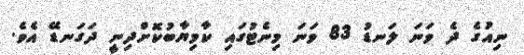
ނިއުގެ ދެ ވަނަ ލަނޑު 83 ވަނަ މިނެޓުގައި ކާމިޔާބުކޮށްދިނީ ދަގަނޑޭ އެވެ.